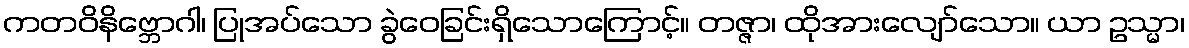
ကတဝိနိဗ္ဘောဂါ၊ ပြုအပ်သော ခွဲဝေခြင်းရှိသောကြောင့်။ တဇ္ဇာ၊ ထိုအားလျော်သော။ ယာ ဥသ္မာ၊